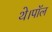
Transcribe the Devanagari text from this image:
थे।पॉल